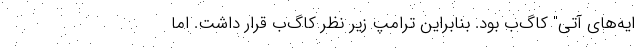
ایه‌های آتی" کاگ‌ب بود. بنابراین ترامپ زیر نظر کاگ‌ب قرار داشت. اما